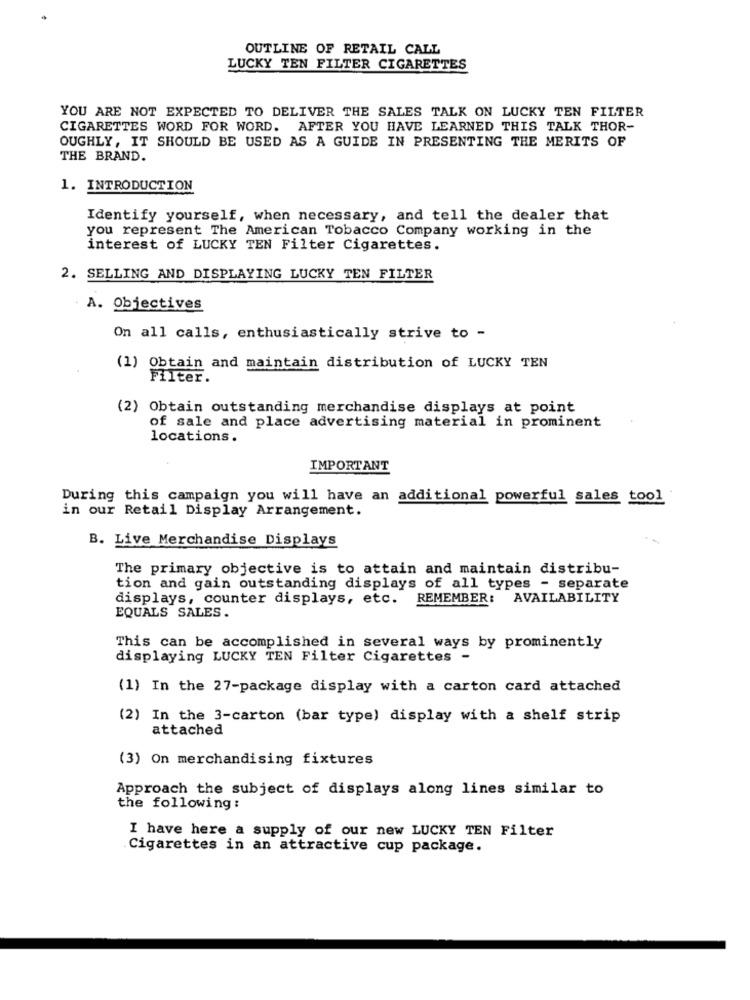
OUTLINE OF RETAIL CALL
LUCKY TEN FILTER CIGARETTES
YOU ARE NOT EXPECTED TO DELIVER THE SALES TALK ON LUCKY TEN FILTER
CIGARETTES WORD FOR WORD. AFTER YOU HAVE LEARNED THIS TALK THOR-
OUGHLY, IT SHOULD BE USED AS A GUIDE IN PRESENTING THE MERITS OF
THE BRAND.
1. INTRODUCTION
Identify yourself, when necessary, and tell the dealer that
you represent The American Tobacco Company working in the
interest of LUCKY TEN Filter Cigarettes.
2. SELLING AND DISPLAYING LUCKY TEN FILTER
A. Objectives
On all calls, enthusiastically strive to -
(1) Obtain and maintain distribution of LUCKY TEN
Filter.
(2) Obtain outstanding merchandise displays at point
of sale and place advertising material in prominent
locations.
IMPORTANT
During this campaign you will have an additional powerful sales tool
in our Retail Display Arrangement.
B. Live Merchandise Displays
The primary objective is to attain and maintain distribu-
tion and gain outstanding displays of all types - separate
displays, counter displays, etc. REMEMBER: AVAILABILITY
EQUALS SALES.
This can be accomplished in several ways by prominently
displaying LUCKY TEN Filter Cigarettes -
(1) In the 27-package display with a carton card attached
(2) In the 3-carton (bar type) display with a shelf strip
attached
(3) On merchandising fixtures
Approach the subject of displays along lines similar to
the following :
I have here a supply of our new LUCKY TEN Filter
Cigarettes in an attractive cup package.